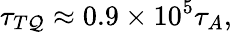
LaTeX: \tau_{T\mathcal{Q}}\approx0.9\times10^{5}\tau_{A},